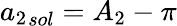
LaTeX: {a_{2}}_{sol}={A_{2}}-\pi